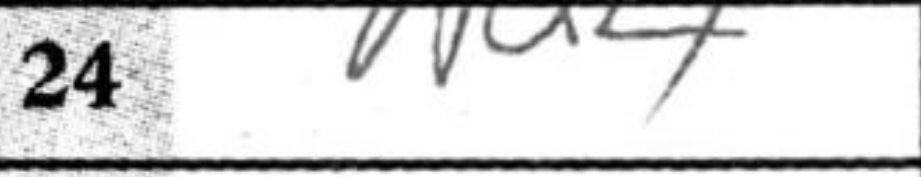
Transcription: Nd4